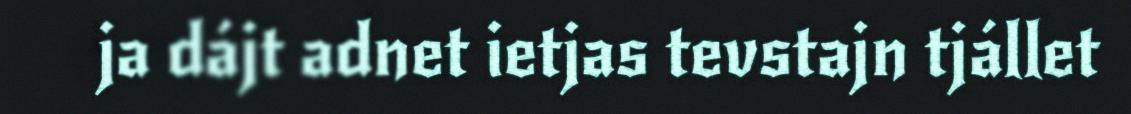
ja dájt adnet ietjas tevstajn tjállet